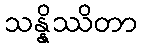
သန္နိဿိတာ